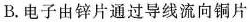
B.电子由锌片通过导线流向铜片